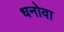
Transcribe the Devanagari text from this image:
धनोवा